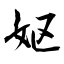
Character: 妪